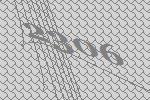
2306